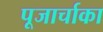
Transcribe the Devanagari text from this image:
पूजार्चाका